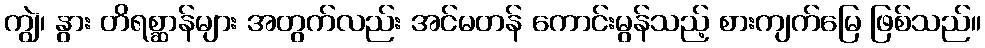
ကျွဲ၊ နွား တိရစ္ဆာန်များ အတွက်လည်း အင်မတန် ကောင်းမွန်သည့် စားကျက်မြေ ဖြစ်သည်။